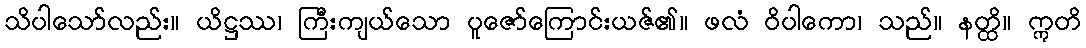
သိပါသော်လည်း။ ယိဋ္ဌဿ၊ ကြီးကျယ်သော ပူဇော်ကြောင်းယဇ်၏။ ဖလံ ဝိပါကော၊ သည်။ နတ္ထိ။ ဣတိ